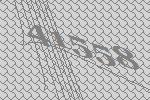
41558